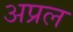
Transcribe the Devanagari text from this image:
अप्रल